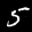
Label: 5